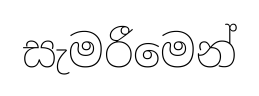
සැමරීමෙන්